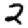
Digit: 2